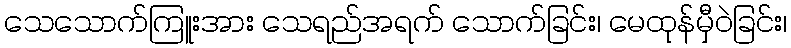
သေသောက်ကြူးအား သေရည်အရက် သောက်ခြင်း၊ မေထုန်မှီဝဲခြင်း၊